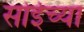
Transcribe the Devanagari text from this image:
सोईच्या